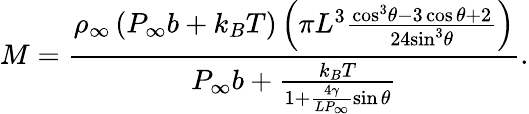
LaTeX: M=\frac{{{\rho}_{\infty}}\left({{P}_{\infty}}{b}+{{k}_{B}}T\right)\left({\pi}{{L}^{3}}\frac{{{\cos}^{3}}\theta-3\cos\theta+2}{24{{\sin}^{3}}\theta}\right)}{{{P}_{\infty}}{b}+\frac{{{k}_{B}}T}{1+\frac{4\gamma}{L{{P}_{\infty}}}\sin\theta}}.